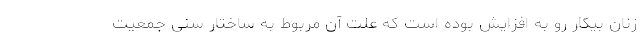
زنان بیکار رو به افزایش بوده است که علت آن مربوط به ساختار سنی جمعیت